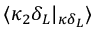
\langle \kappa _ { 2 } \delta _ { L } | _ { \kappa \delta _ { L } } \rangle